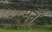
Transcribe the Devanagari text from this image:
मूनू